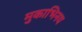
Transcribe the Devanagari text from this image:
मुकाभिनय